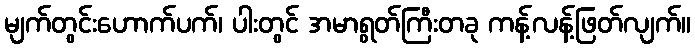
မျက်တွင်းဟောက်ပက်၊ ပါးတွင် အမာရွတ်ကြီးတခု ကန့်လန့်ဖြတ်လျက်။